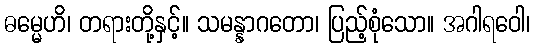
ဓမ္မေဟိ၊ တရားတို့နှင့်။ သမန္နာဂတော၊ ပြည့်စုံသော။ အဂါရဝေါ၊